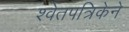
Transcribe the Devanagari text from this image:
श्वेतपत्रिकेने